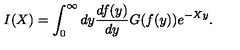
I ( X ) = \int _ { 0 } ^ { \infty } d y \frac { d f ( y ) } { d y } G ( f ( y ) ) e ^ { - X y } .